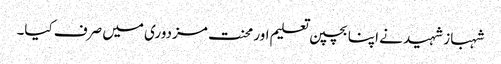
شہباز شہید نے اپنا بچپن تعلیم اور محنت مزدوری میں صرف کیا۔